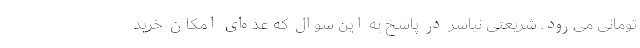
تومانی می‌رود. شریعتی نیاسر در پاسخ به این سوال که عده‌ای امکان خرید